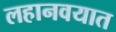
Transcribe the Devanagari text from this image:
लहानवयात